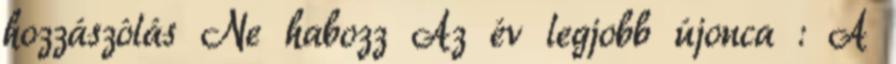
hozzászólás Ne habozz Az év legjobb újonca : A